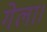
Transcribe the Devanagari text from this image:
गेला।